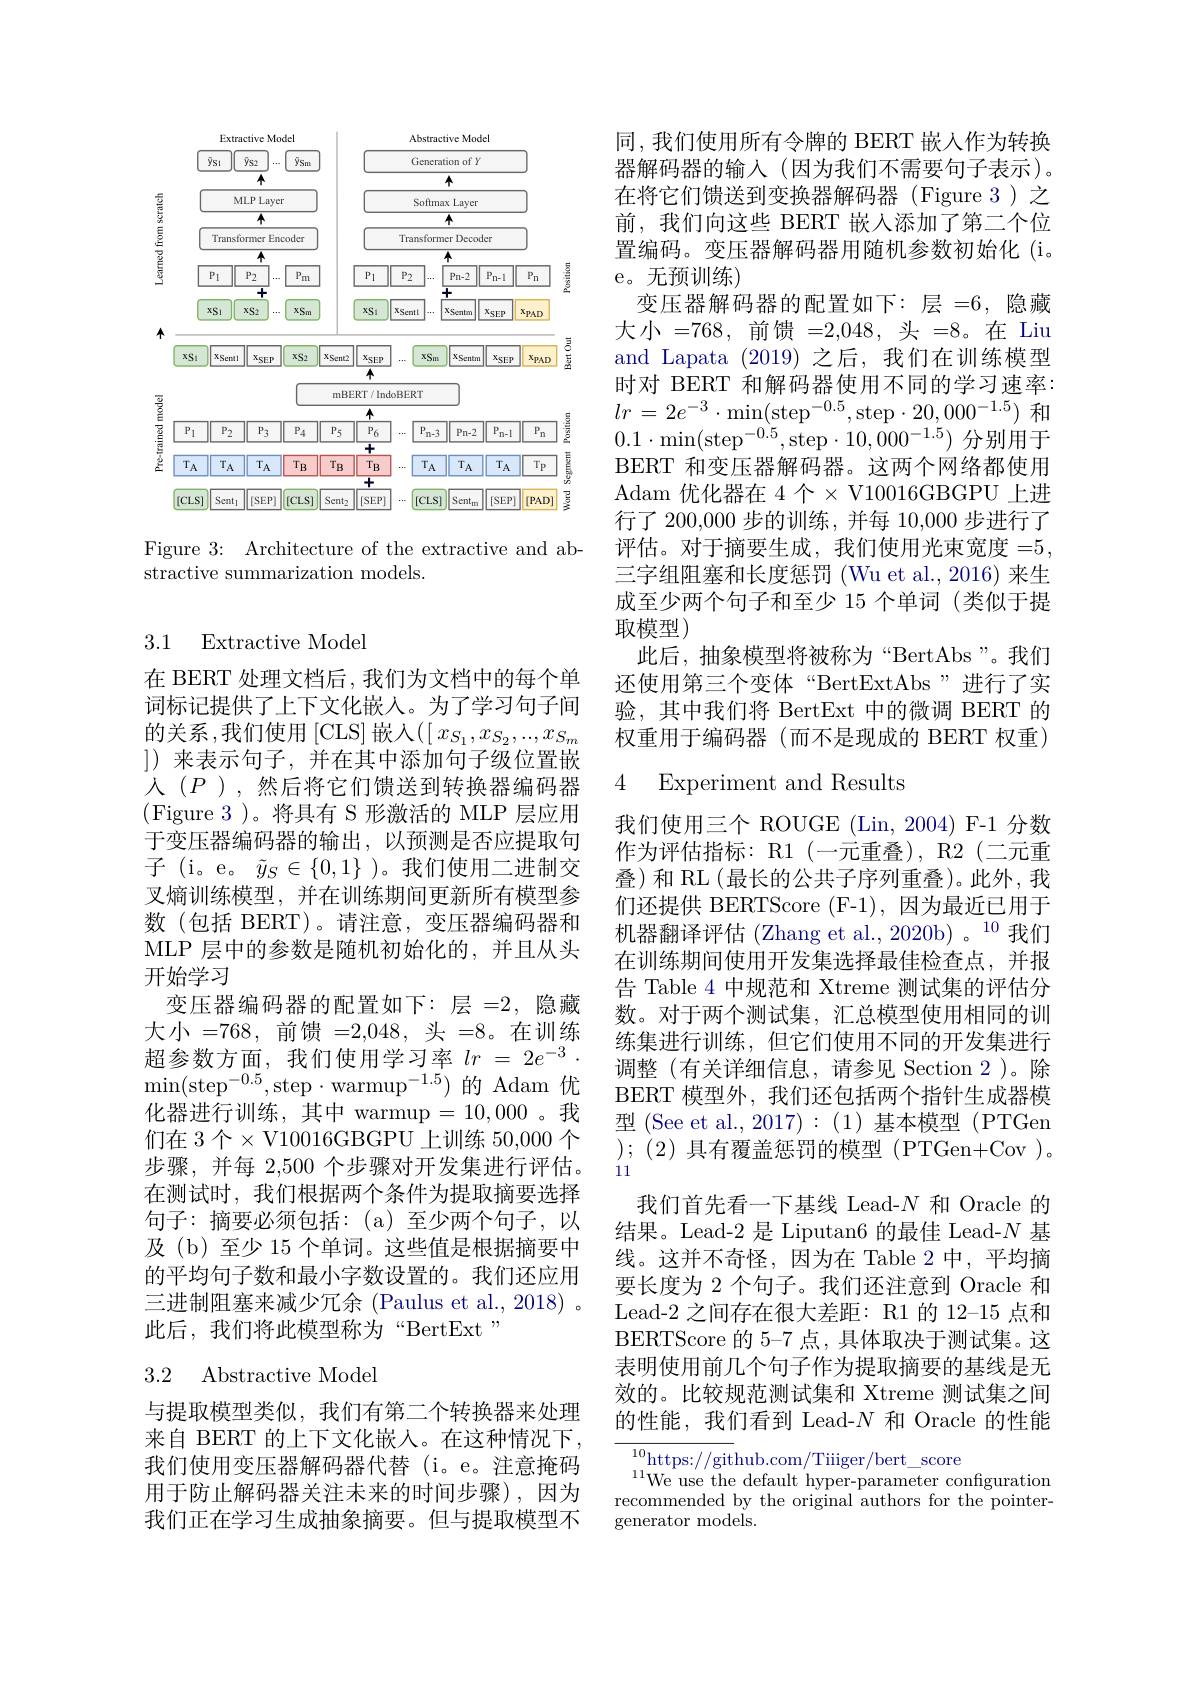
<FigureHere>

Figure 3: Architecture of the extractive and ab-
stractive summarization models.

3.1 Extractive Model

在 BERT 处理文档后，我们为文档中的每个单词标记提供了上下文化嵌人。为了学习句子间的关系，我们使用$\left[\mathrm{CLS}\right]$嵌入$\left(\left[x_{S_1},x_{S_2},...,x_{S_m}\right]\right.$ ])来表示句子，并在其中添加句子级位置嵌人$(P)$,然后将它们馈送到转换器编码器(Figure 3)。将具有 S 形激活的 MLP 层应用于变压器编码器的输出，以预测是否应提取句子(i。e。$\tilde{y}_S\in\{0,1\}$)。我们使用二进制交叉熵训练模型，并在训练期间更新所有模型参数(包括 BERT)。请注意，变压器编码器和MLP 层中的参数是随机初始化的，并且从头开始学习
变压器编码器的配置如下：层=2,隐藏大小=768,前馈=2,048,头=8。在训练超参数方面，我们使用学习率$lr$ = $2e^{- 3}$ . $\operatorname*{min}(\operatorname{step}^{-0.5},\operatorname{step}\cdot\operatorname{warmup}^{-1.5})$的 Adam 优化器进行训练，其中 warmup=10,000。我们在 3 个$\times$V10016GBGPU 上训练 50,000 个步骤，并每 2,500 个步骤对开发集进行评估。在测试时，我们根据两个条件为提取摘要选择句子：摘要必须包括：(a)至少两个句子，以及(b)至少 15 个单词。这些值是根据摘要中的平均句子数和最小字数设置的。我们还应用三进制阻塞来减少冗余 (Paulus et al., 2018) 。此后，我们将此模型称为“BertExt”

## 3.2 Abstractive Model

与提取模型类似，我们有第二个转换器来处理来自 BERT 的上下文化嵌入。在这种情况下， 我们使用变压器解码器代替 (i。e。注意掩码用于防止解码器关注未来的时间步骤),因为我们正在学习生成抽象摘要。但与提取模型不

同，我们使用所有令牌的 BERT 嵌人作为转换器解码器的输入(因为我们不需要句子表示)。在将它们馈送到变换器解码器(Figure 3)之前，我们向这些 BERT 嵌入添加了第二个位置编码。变压器解码器用随机参数初始化 (i。e。无预训练)
变压器解码器的配置如下：层 层 =6, 隐藏大小 =768, 前馈 =2,048,头$=8。在$Liu and Lapata (2019) 之后，我们在训练模型时对 BERT 和解码器使用不同的学习速率： $lr$ = $2e^{- 3}$ $\cdot$ $\operatorname* { min} ( \mathrm{step}^{- 0. 5}$,step$\cdot20,000^-1.5)$和$0.1\cdot\operatorname*{min}(\mathrm{step}^{-0.5},\operatorname*{step}\cdot10,\hat{000}^{-1.5})$分别用于BERT 和变压器解码器。这两个网络都使用Adam 优化器在 4 个$\times$ V10016GBGPU 上进行了 200,000 步的训练，并每 10,000 步进行了评估。对于摘要生成，我们使用光束宽度 =5, 三字组阻塞和长度惩罚 (Wu et al., 2016) 来生成至少两个句子和至少 15 个单词 (类似于提取模型)
此后，抽象模型将被称为“BertAbs”。我们还使用第三个变体“BertExtAbs”进行了实验，其中我们将 BertExt 中的微调 BERT 的权重用于编码器(而不是现成的 BERT 权重)

### 4 Experiment and Results

我们使用三个 ROUGE (Lin,2004) F-1 分数作为评估指标：R1(一元重叠), R2(二元重叠)和 RL(最长的公共子序列重叠)。此外，我们还提供 BERTScore (F-1),因为最近已用于机器翻译评估 (Zhang et al.,2020b)。$^{10}$我们在训练期间使用开发集选择最佳检查点，并报告 Table 4 中规范和 Xtreme 测试集的评估分数。对于两个测试集，汇总模型使用相同的训练集进行训练，但它们使用不同的开发集进行调整(有关详细信息，请参见 Section 2)。除BERT 模型外，我们还包括两个指针生成器模型 (See et al.,2017):(1)基本模型 (PTGen );(2)具有覆盖惩罚的模型 (PTGen+Cov)。11
我们首先看一下基线 Lead-$N$和 Oracle 的结果。Lead-2 是 Liputan6 的最佳 Lead-$N$基线。这并不奇怪，因为在 Table 2 中，平均摘要长度为 2 个句子。我们还注意到 Oracle 和Lead-2 之间存在很大差距：R1 的 12-15 点和BERTScore 的 5-7 点，具体取决于测试集。这表明使用前几个句子作为提取摘要的基线是无效的。比较规范测试集和 Xtreme 测试集之间的性能，我们看到 Lead-$N$和 Oracle 的性能${\frac{10}{\mathrm{https://git}}}$hub.com/Tiiiger/bert$\_$score

$^{11}$We use the default hyper-parameter configuration recommended by the original authors for the pointergenerator models.